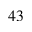
^ { 4 3 }